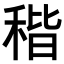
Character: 𥟠